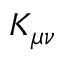
K _ { \mu \nu }